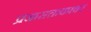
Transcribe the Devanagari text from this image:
प्रजासत्ताकावर